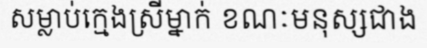
សម្លាប់ក្មេងស្រីម្នាក់ ខណៈមនុស្សជាង